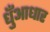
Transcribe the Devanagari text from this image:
धुँआधार